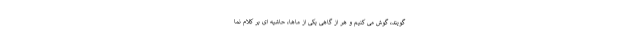
گویند، گوش می کنیم و هر از گاهی یکی از ماها، حاشیه ای بر کلام نما